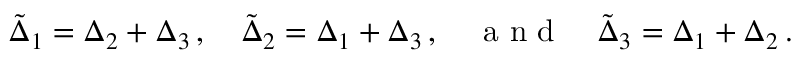
\begin{array} { r } { \tilde { \Delta } _ { 1 } = \Delta _ { 2 } + \Delta _ { 3 } \, , \quad \tilde { \Delta } _ { 2 } = \Delta _ { 1 } + \Delta _ { 3 } \, , \quad \mathrm { ~ a ~ n ~ d ~ } \quad \tilde { \Delta } _ { 3 } = \Delta _ { 1 } + \Delta _ { 2 } \, . } \end{array}